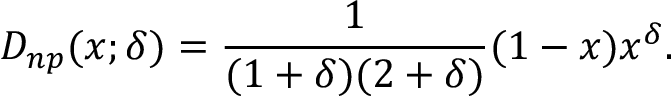
D _ { n p } ( x ; \delta ) = { \frac { 1 } { ( 1 + \delta ) ( 2 + \delta ) } } ( 1 - x ) x ^ { \delta } .